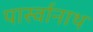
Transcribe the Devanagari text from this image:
पार्स्‍वानाथ